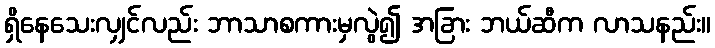
ရှိနေသေးလျှင်လည်း ဘာသာစကားမှလွဲ၍ အခြား ဘယ်ဆီက လာသနည်း။